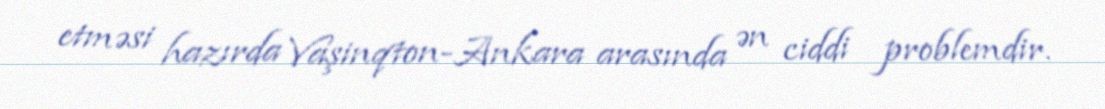
etməsi hazırda Vaşinqton-Ankara arasında ən ciddi problemdir.